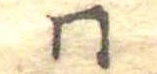
同